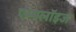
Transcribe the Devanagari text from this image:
एम्‍पलॉइज